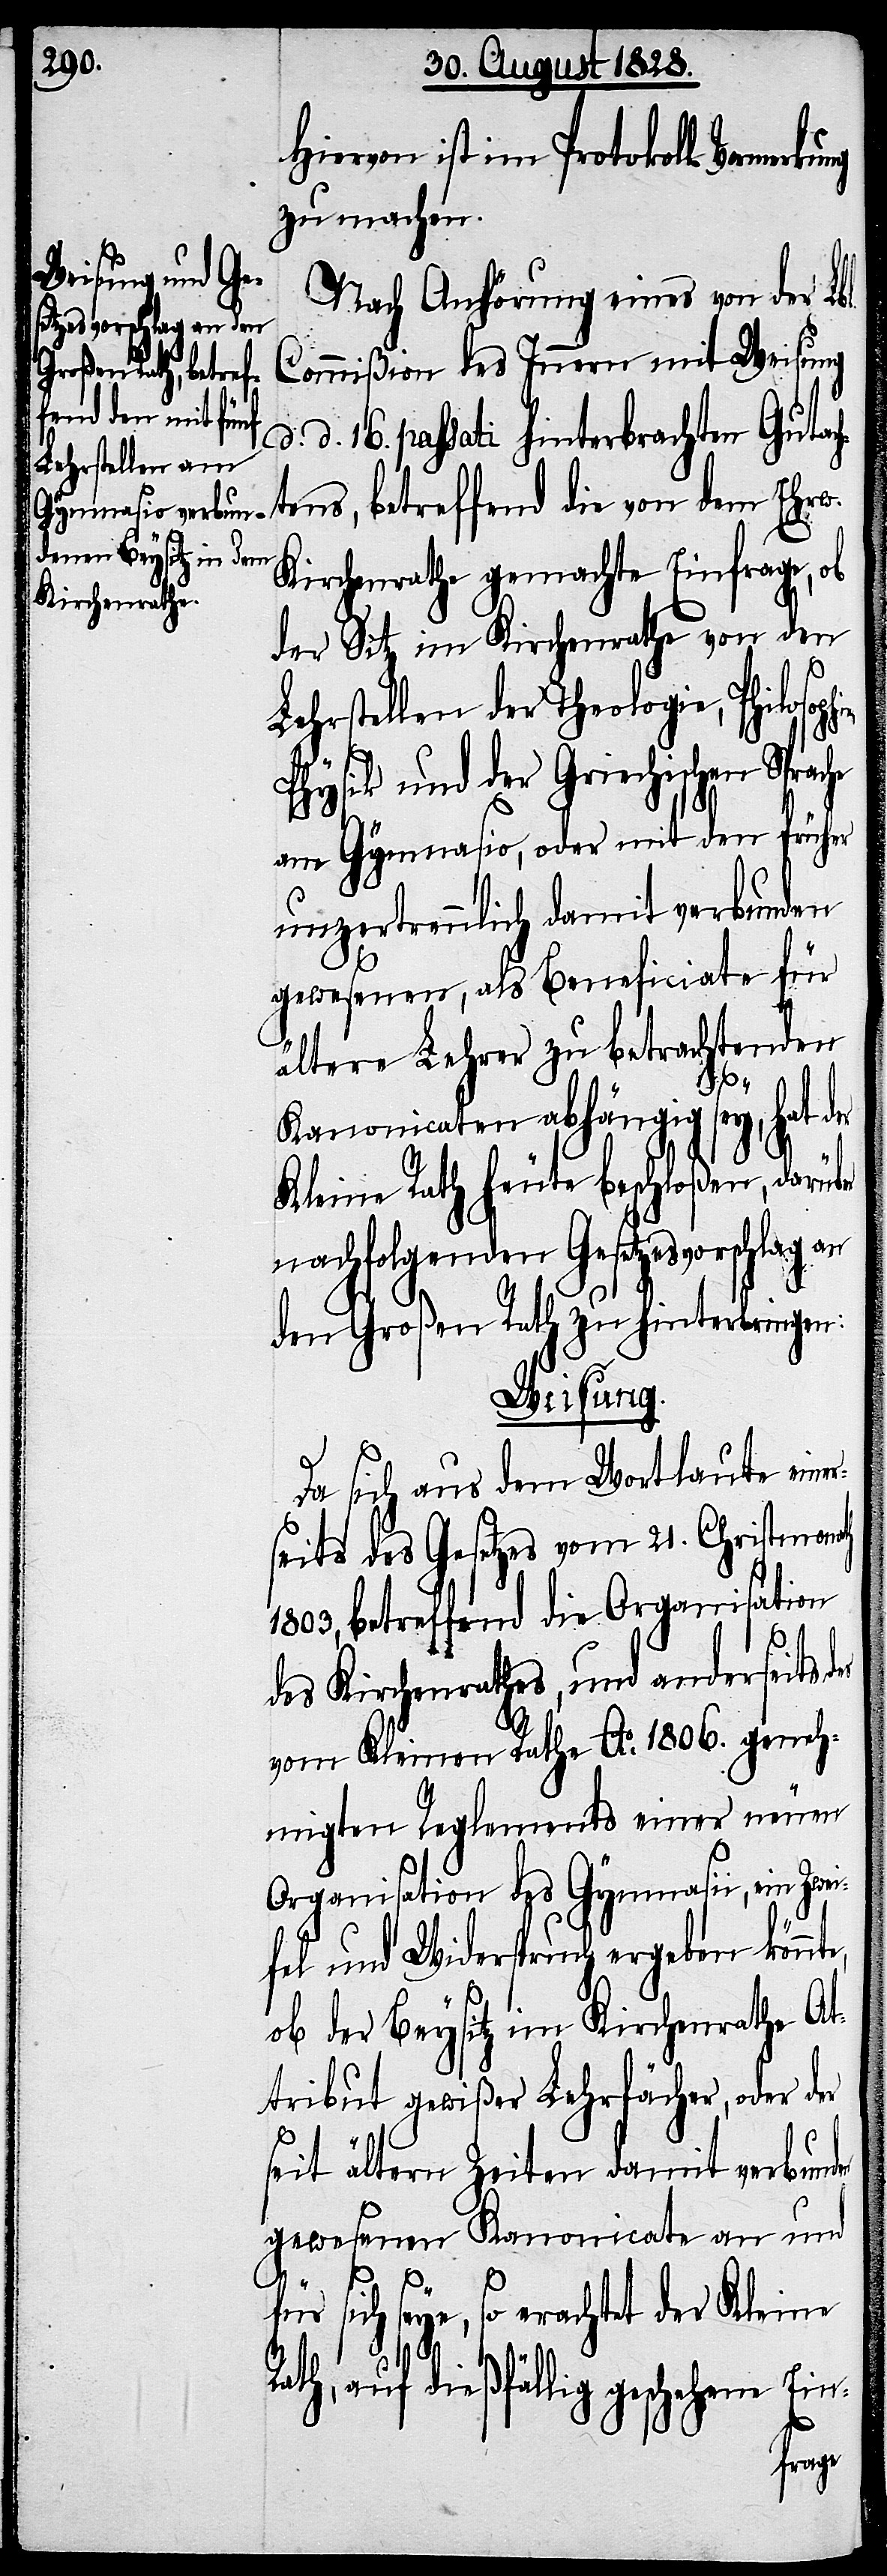
Hiervon ist im Protokoll Vormerk¬
zu machen.
Nach Anhörung eines von der Lbl.
Commißion des Innern mit Weisung
d. d. 16. passati hinterbrachten Gutac¬
htens, betreffend die von dem Ehrw.
Kirchenrathe gemachte Einfrage, ob
der Sitz im Kirchenrathe von den
Lehrstellen der Theologie, Philosop¬
Physik und der Griechischen Sprac¬
am Gymnasio, oder mit den früher
unzertrennlich damit verbunden
gewesenen, als Beneficiate für
ältere Lehrer zu betrachtenden
R¬
Kanonicaten abhängig sey, hat der
Kleine Rath heute beschloßen, darüber
nachfolgenden Gesetzesvorschlag an
den Großen Rath zu hinterbringen:
Weisung.
Da sich aus dem Wortlaute eine¬
seits des Gesetzes vom 21. Christmon¬
1803, betreffend die Organisation
ath
des Kirchenrathes, und anderseits des
vom Kleinen Rathe Ao. 1806. geneh¬
migten Reglements einer neuen
Organisation des Gymnasii, ein Zwe¬
ifel und Widerspruch ergeben könnte,
ob der Beysitz im Kirchenrathe At¬
tribut gewißer Lehrfächer, oder der
seit ältern Zeiten damit verbunden
gewesenen Kanonicate an und
für sich seye, so erachtet der Kleine
ath, auf dießfällig geschehene Ein-